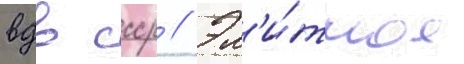
вдв ссср // Эл'и́тное